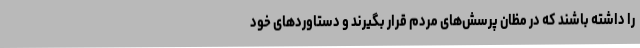
را داشته باشند که در مظان پرسش‌های مردم قرار بگیرند و دستاوردهای خود